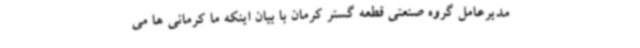
مدیرعامل گروه صنعتی قطعه گستر کرمان با بیان اینکه ما کرمانی ها می